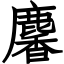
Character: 麘